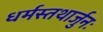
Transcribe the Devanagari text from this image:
धर्मस्तथार्जुनः